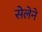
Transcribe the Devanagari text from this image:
सेलेने